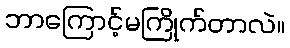
ဘာကြောင့်မကြိုက်တာလဲ။